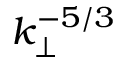
k _ { \perp } ^ { - 5 / 3 }